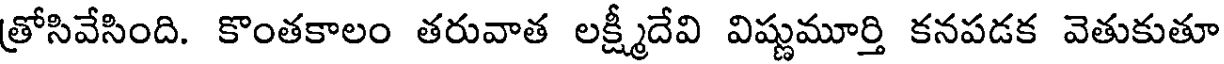
త్రోసివేసింది. కొంతకాలం తరువాత లక్ష్మీదేవి విష్ణుమూర్తి కనపడక వెతుకుతూ